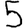
Digit: 5